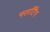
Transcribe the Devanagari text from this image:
फ्लर्टिंग